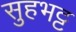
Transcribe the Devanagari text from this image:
सुहभट्ट